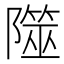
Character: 𨼹